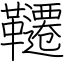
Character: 韆